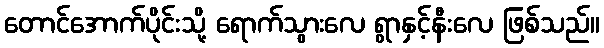
တောင်အောက်ပိုင်းသို့ ရောက်သွားလေ ရွာနှင့်နီးလေ ဖြစ်သည်။